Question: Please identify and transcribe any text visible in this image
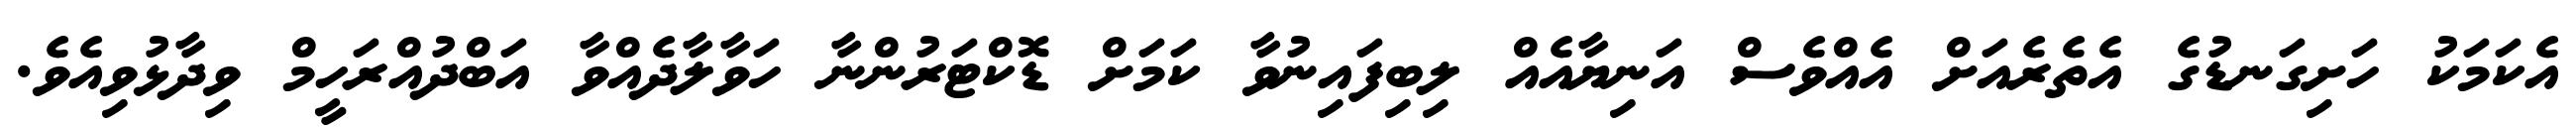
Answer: އެކަމަކު ހަށިގަނޑުގެ އެތެރެއަށް އެއްވެސް އަނިޔާއެއް ލިބިފައިނުވާ ކަމަށް ޑޮކްޓަރުންނާ ހަވާލާދެއްވާ އަބްދުއްރަހީމް ވިދާޅުވިއެވެ.